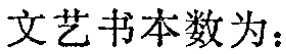
文艺书本数为：